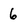
Character: 6